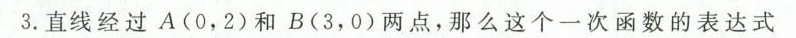
3.直线经过A(0，2)和B(3，0)两点，那么这个一次函数的表达式